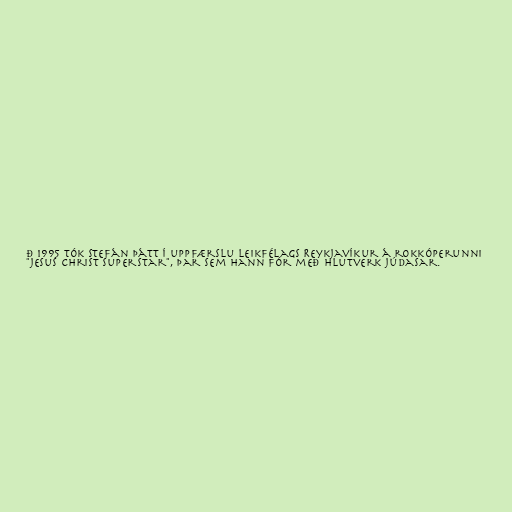
ð 1995 tók Stefán þátt í uppfærslu Leikfélags Reykjavíkur á rokkóperunni
"Jesus Christ Superstar", þar sem hann fór með hlutverk Júdasar.